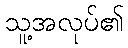
သူ့အလုပ်၏